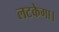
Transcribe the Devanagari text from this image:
लटकेगा।